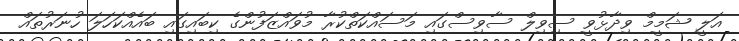
އަލީ ޝަމީމް ވިދާޅުވީ ސިވިލް ސާވިސްގައި މަސައްކަތްކުރާ މުވައްޒަފުންގެ ކިބައިގައި ބައެއްކަހަލަ ހުނަރުތައް